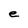
Character: e